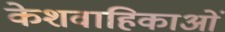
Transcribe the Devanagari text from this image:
केशवाहिकाओं